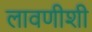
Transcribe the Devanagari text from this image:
लावणीशी